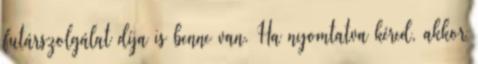
futárszolgálat díja is benne van. Ha nyomtatva kéred, akkor